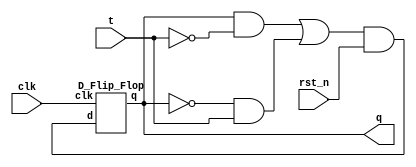
`timescale 1ns/1ps

module Toggle_Flip_Flop(clk, q, t, rst_n);
input clk;
input t;
input rst_n;
output q;
//
wire notq, nott;
wire xorout, andout;
wire xorchild1, xorchild2;
not nq(notq, q);
not nt(nott, t);
//A xor B == (A and notB) or (notA and B)
and xorand1(xorchild1, q, nott);
and xorand2(xorchild2, notq, t);
or xoror(xorout, xorchild1, xorchild2);

and and1(andout, xorout, rst_n);

D_Flip_Flop dff(clk, andout, q);


endmodule

//
module D_Flip_Flop(clk, d, q);
input clk;
input d;
output q;
wire notclk, qq;

not not0(notclk, clk);
D_Latch Master(notclk, d, qq);
D_Latch Slave(clk, qq, q);

endmodule

module D_Latch(e, d, q);
input e;
input d;
output q;
wire notd, upnand, downnand , notq;

not n1(notd, d);
nand nand1(upnand, d, e);
nand nand2(downnand, notd, e);

nand nand3(q, upnand, notq);
nand nand4(notq, q, downnand); 

endmodule